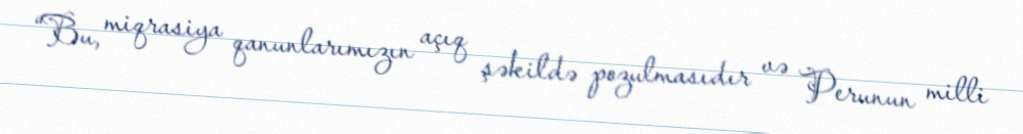
“Bu, miqrasiya qanunlarımızın açıq şəkildə pozulmasıdır və Perunun milli